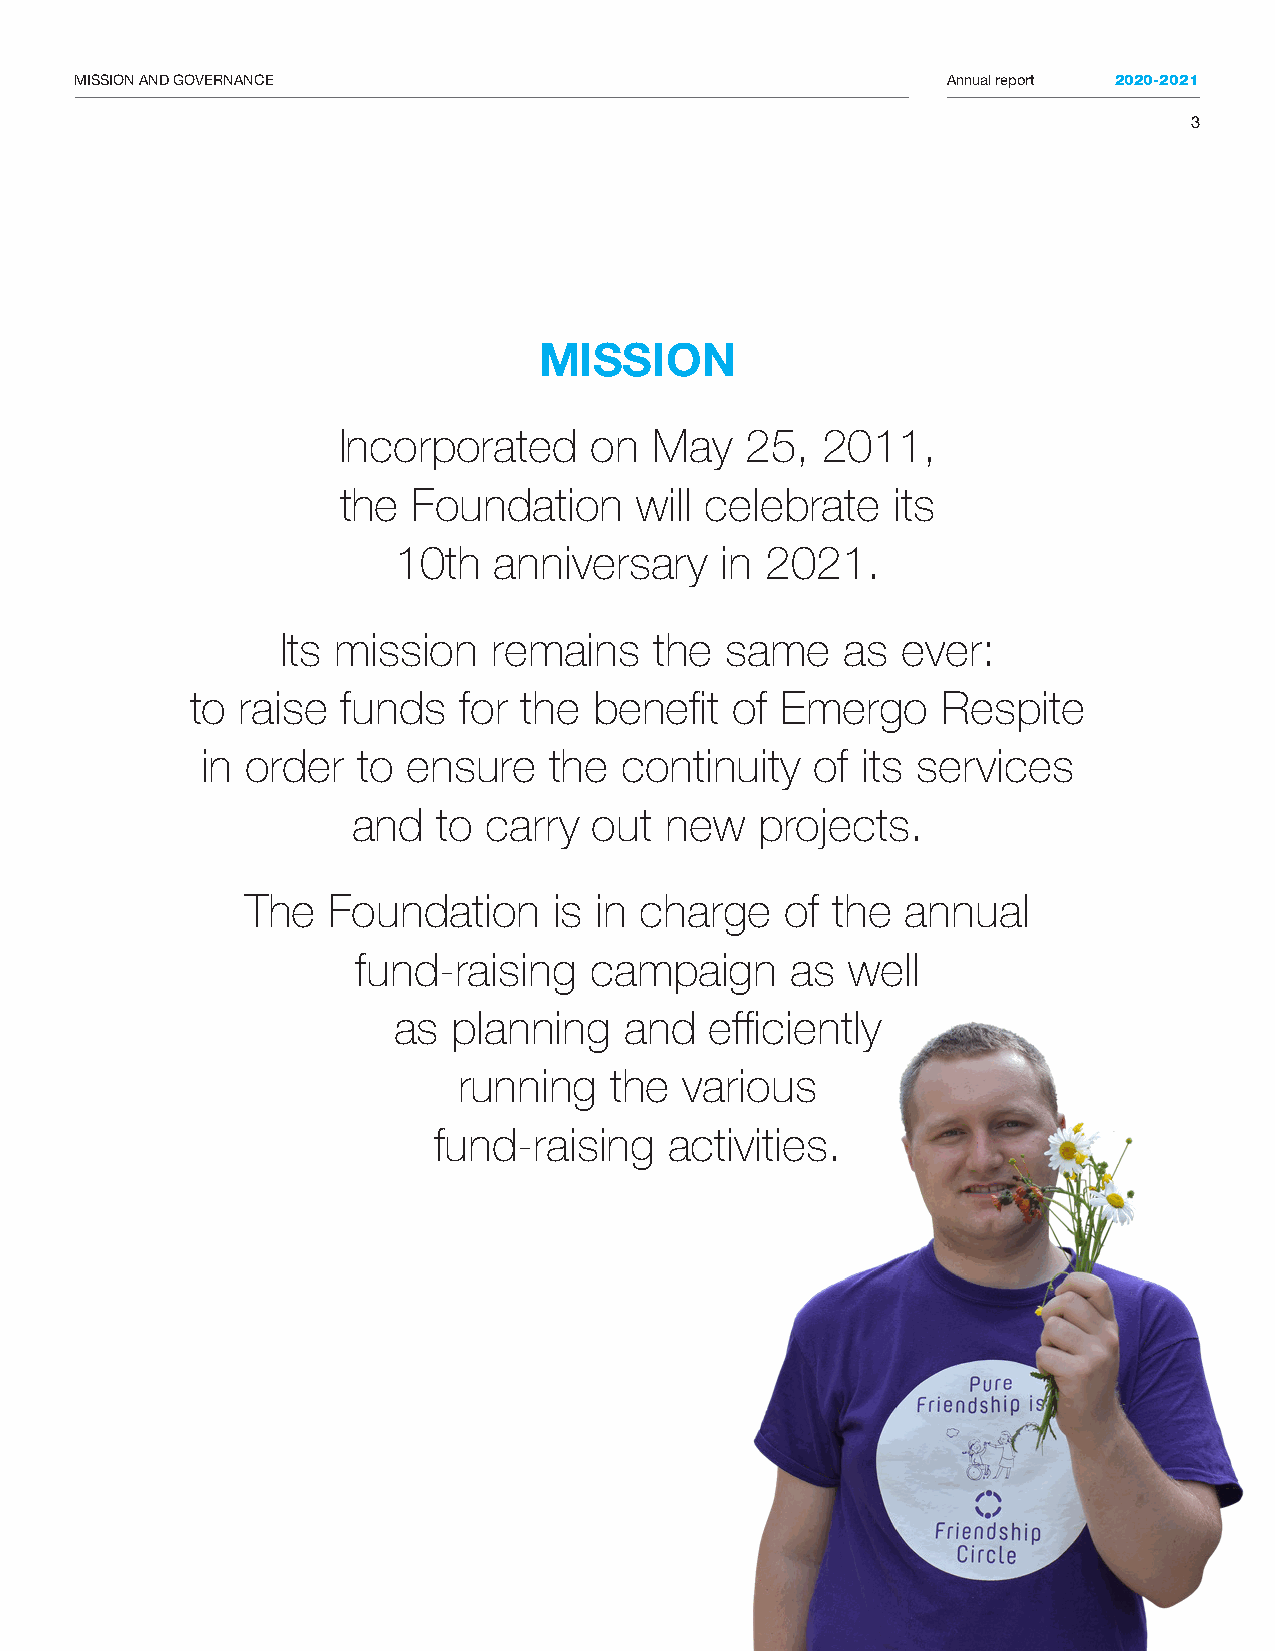
MISSION AND GOVERNANCE                                    Annual report 2020-2021
 3
 MISSION
 Incorporated     on  May   25,  2011,
 the  Foundation     will celebrate   its
 10th   anniversary    in 2021.
 Its mission   remains   the  same    as  ever:
 to raise  funds  for the  benefit  of  Emergo    Respite
 in order   to ensure   the  continuity   of its services
 and   to carry  out  new   projects.
 The   Foundation     is in charge   of the  annual
 fund-raising   campaign     as  well
 as  planning   and   efficiently
 running   the  various
 fund-raising   activities.